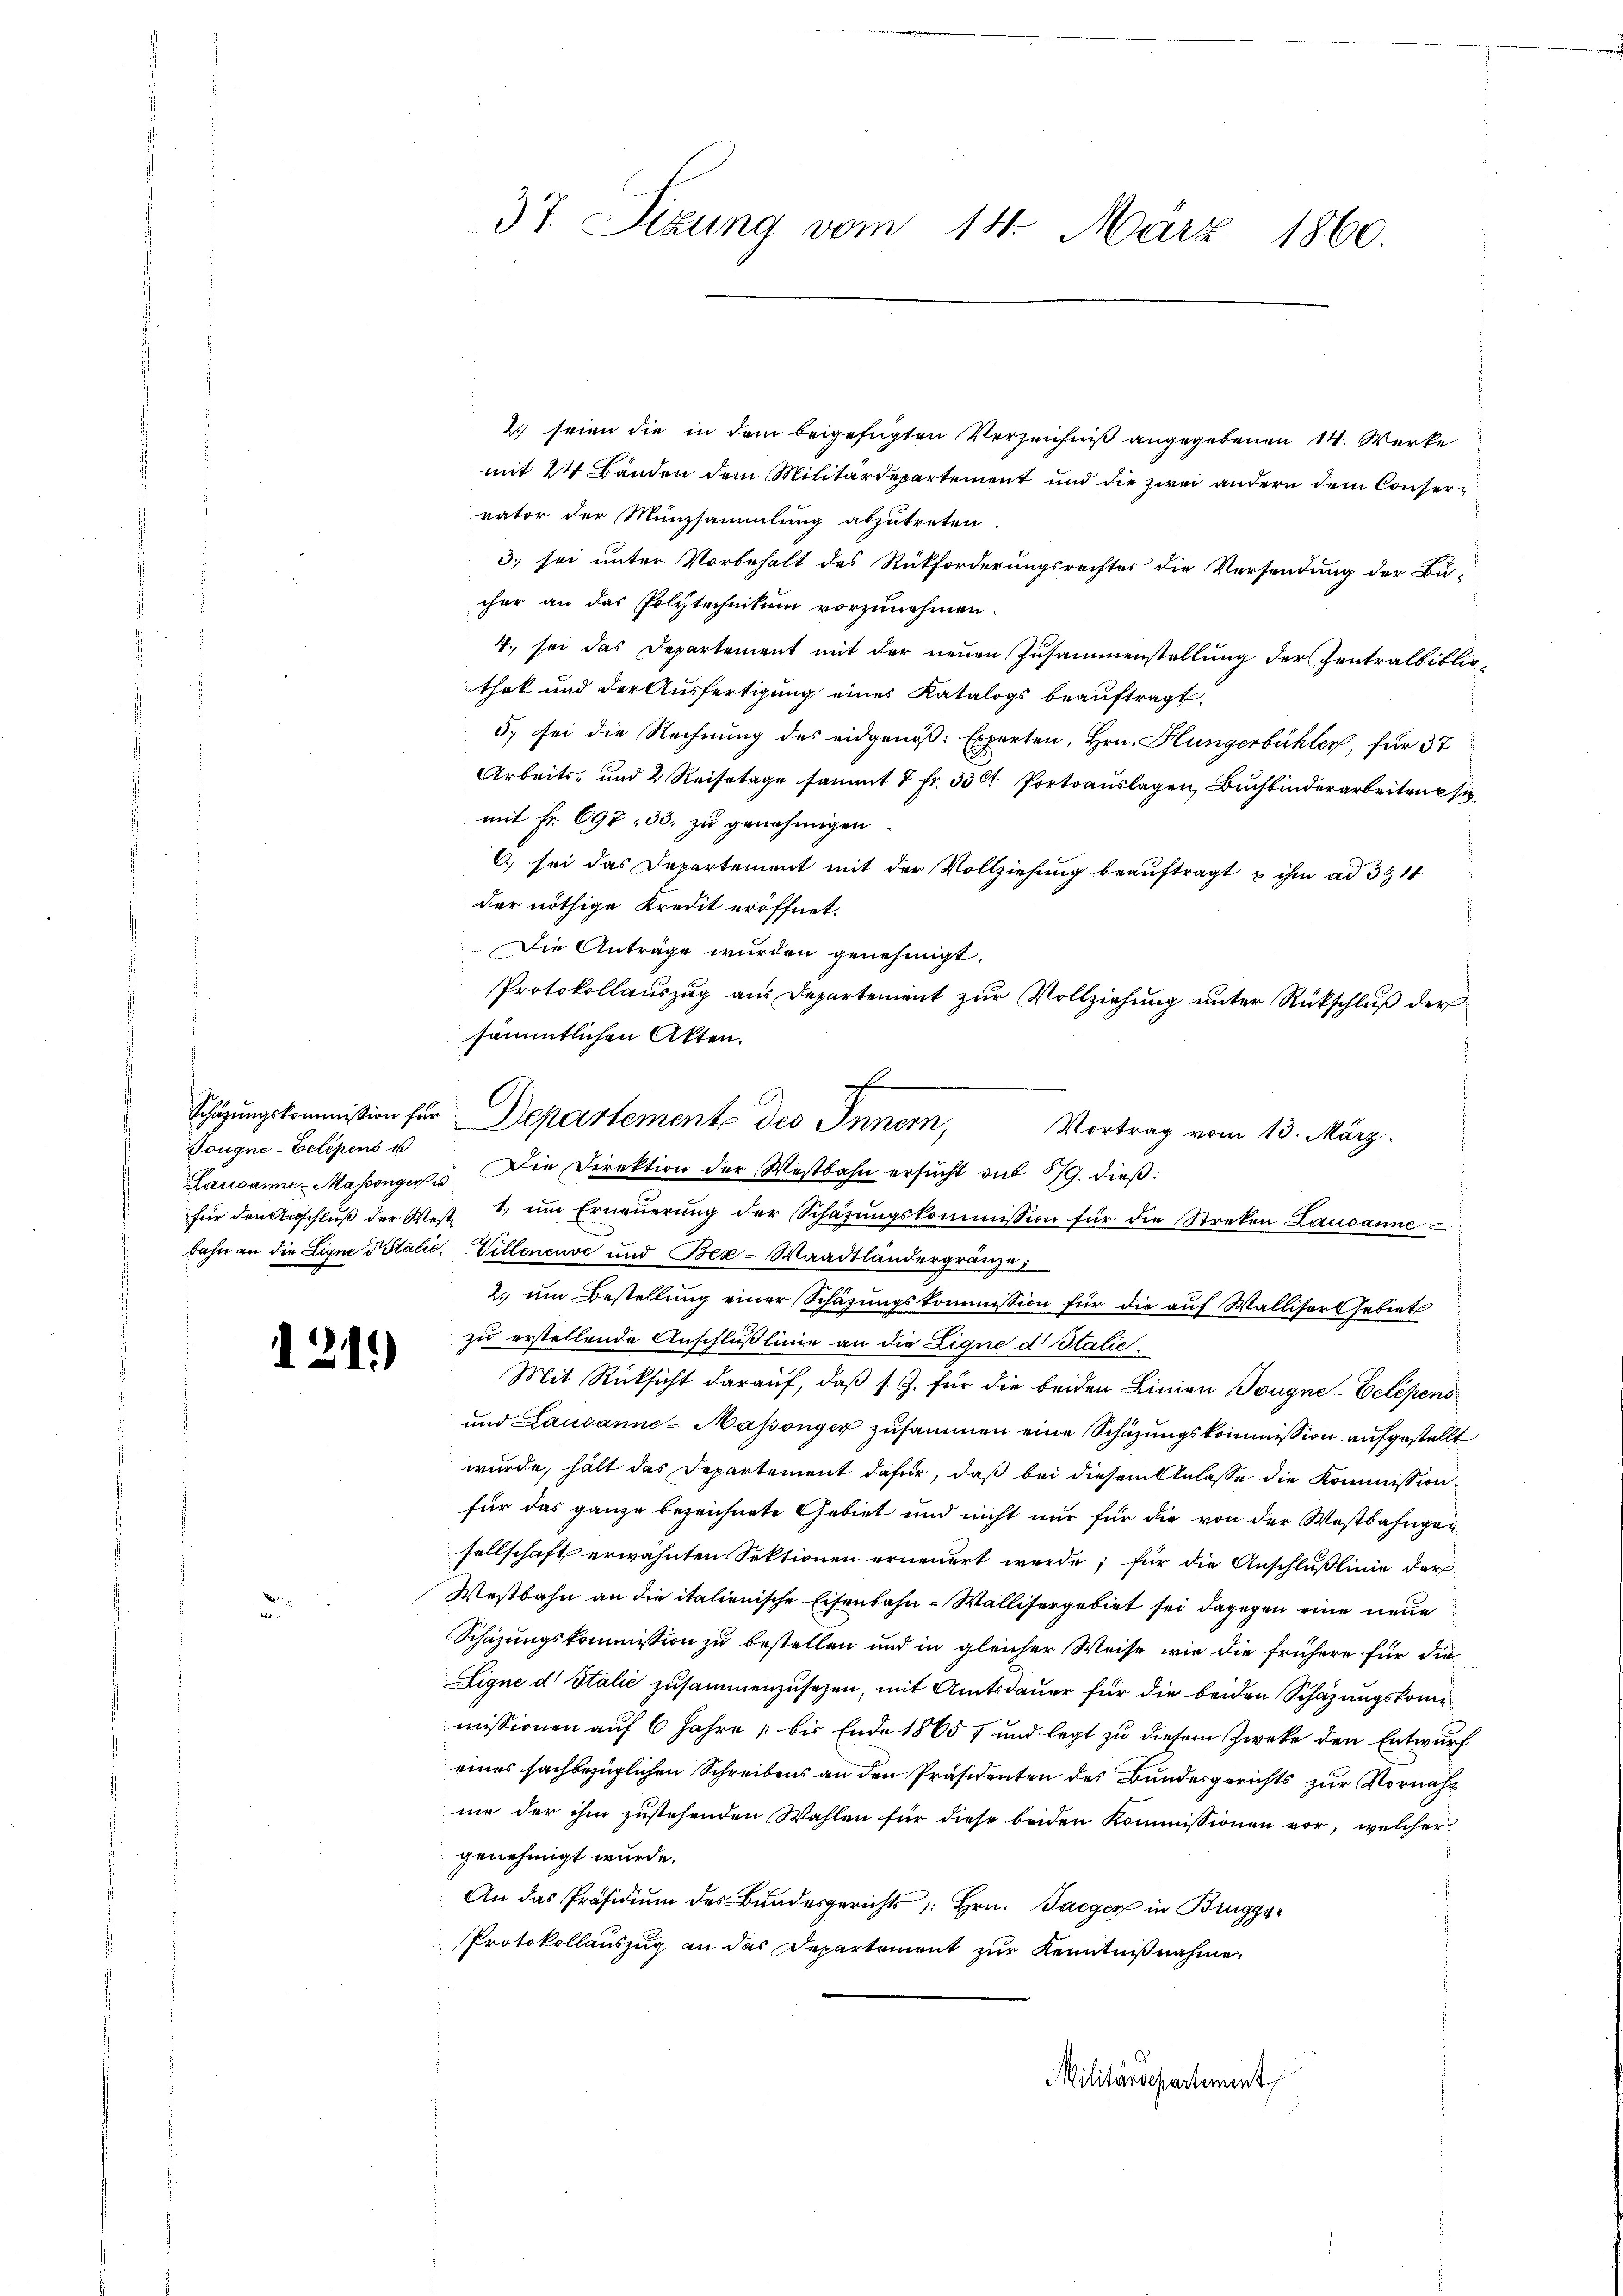
Tougne-Gelegens u

1211)

r

37. Sizung vom 14. März 1860.

2) seien die in dem beigefügten Verzeichniß angegebenen 14. Werke
mit 24 Bänden dem Militärdepartement und die zwei andern dem Consere
vator der Münzsammlung abzutreten.
3. sei unter Vorbehalt des Rückforderungsrechter die Vorsendung der Bucher an das Polytechnikum vorzunehmen.
4. sei das Departement mit der neuen Zusammenstellung der Contralbiblio-
thek und der Ausfertigung eines Katalogs beaŭftragt.
5) sei die Rechnung des eidgenöß: Experten, Hrn. Hungerbühler, für 37
Arbeits- und 2 Reisetage sammt 7 fr. 330t Portoauslagen, Buchbinderarbeiten i
mit Fr. 697. 33. zu genehmigen.
6. sei das Departement mit der Vollziehung beauftragt & ihm ad 3 & 4
der nöthige Kredit eröffnet.
Die Anträge wurden genehmigt.
Protokollauszug aus Departement zur Vollziehung unter Rückschluß der
sämmtlichen Akten.
Vortrag vom 13. März.
für den Anschlŭβ der West. 1. ŭm Erneŭerŭng der Schäzŭngskommission für die Streken Lausanne
bahn an die Ligne Vitalie, Villeneuve und Bez-Waadtländergränze
2. um Bestellung einer Schäzungskommission für die auf Walliser Gebiets
zu erstellende Anschlußlinie an die Eigne d Italić.
Mit Rücksicht darauf, daß s. Z. für die beiden Linien Tougne-Eelépens
und Lausanne - Massonger zusammen eine Schätzungskommission aufgestellt
wurde, hält das Departement dafür, daß bei diesem Anlasse die Kommission
für das ganze bezeichnete Gebiet und nicht nur für die von der Westbahngen
sellschaft erwähnten Sektionen erneuert werde; für die Anschlußlinie der
Westbahn an die italienische Eisenbahn-Wallisergebiet sei dagegen eine neue
Schazungskommission zu bestellen und in gleicher Weise wie die frühere für die
Ligne d Italić zusammenzusehen, mit Amtsdauer für die beiden Schazungskomme
missionen auf 6 Jahre 1 bis Ende 1865 7 und legt zu diesem Zwecke den Entwurf
eines sachbezüglichen Schreibens an den Präsidenten des Bundesgerichts zur Vornahme der ihm zustehenden Wahlen für diese beiden Kommissionen vor, welcher
genehmigt wurde.
An das Präsidium des Bundesgerichts 1. Hrn. Jaeger in Bruggs
Protokollauszug an das Departement zur Kenntnißnahme.
Militärdepartement

A
Schazungskommission für Departemente des Innern,
Lausanne Massenger u. Die Direktion der Westbahn ersŭcht sub 579. dieß: